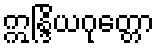
ဣန္ဒြိယဂုတ္တော